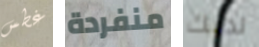
غطس منفردة لديك